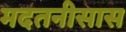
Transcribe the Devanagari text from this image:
मदतनीसास